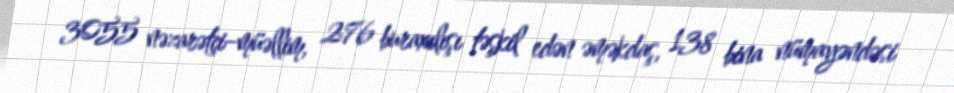
3055 nəzarətçi–müəllim, 276 buraxılışı təşkil edən əməkdaş, 138 bina nümayəndəsi